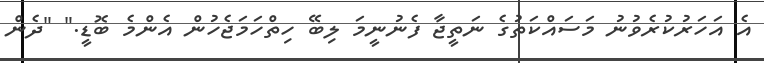
އެ އަހަރުކުރެވުނު މަސައްކަތުގެ ނަތީޖާ ފެނުނީމަ ލިބޭ ހިތްހަމަޖެހުން އެންމެ ބޮޑީ." "ދެން